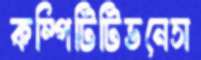
কম্পিটিটিভনেস